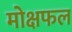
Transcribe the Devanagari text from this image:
मोक्षफल